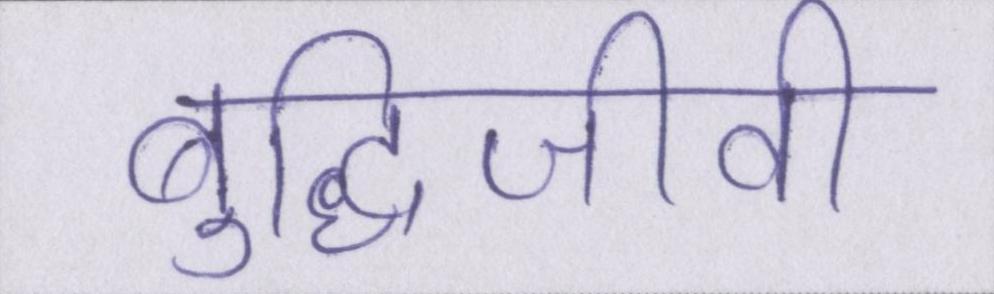
बुद्धिजीवी